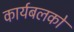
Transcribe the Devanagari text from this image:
कार्यबलको